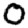
Digit: 0